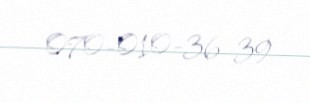
070-010-36-39